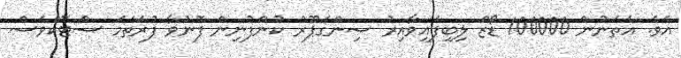
އެވެ. އެތަނުން 100000 ޑޯޒް ލިބިފައިވާއިރު ސިންގަޕޫރު ކުންފުނިން ފޮނުވާ ފުރަތަމަ ސްޓޮކްވެސް